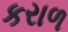
કરાળ